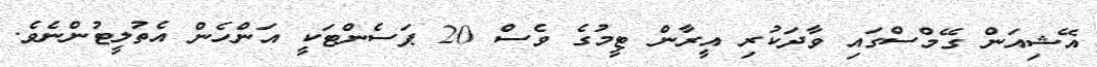
އޭޝިއަން ގޭމްސްގައި ވާދަކުރި އީރާން ޓީމުގެ ވެސް 20 ޕަސެންޓަކީ އަންހެން އެތުލީޓުންނެވެ.